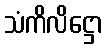
သံကိလိဋ္ဌော